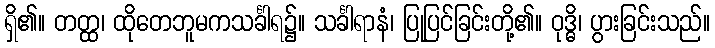
ရှိ၏။ တတ္ထ၊ ထိုတေဘူမကသင်္ခါရ၌။ သင်္ခါရာနံ၊ ပြုပြင်ခြင်းတို့၏။ ဝုဒ္ဓိ၊ ပွားခြင်းသည်။